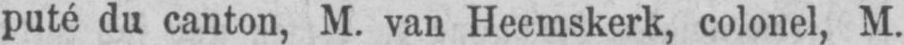
puté du canton, M. van Heemskerk, colonel, M.